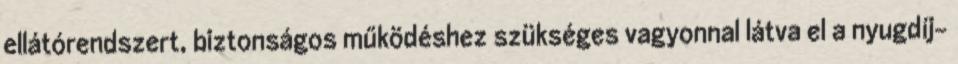
ellátórendszert, biztonságos működéshez szükséges vagyonnal látva el a nyugdíj-